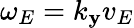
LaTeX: \omega_{E}=k_{\mathbf{y}}v_{E}